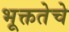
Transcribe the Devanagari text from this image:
भूक्ततेचे